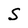
Character: S